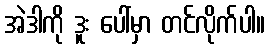
အဲဒါကို ဒူး ပေါ်မှာ တင်လိုက်ပါ။